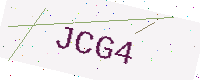
Text: JCG4